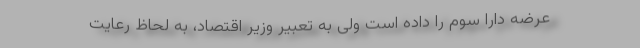
عرضه دارا سوم را داده است ولی به تعبیر وزیر اقتصاد، به لحاظ رعایت